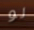
لو